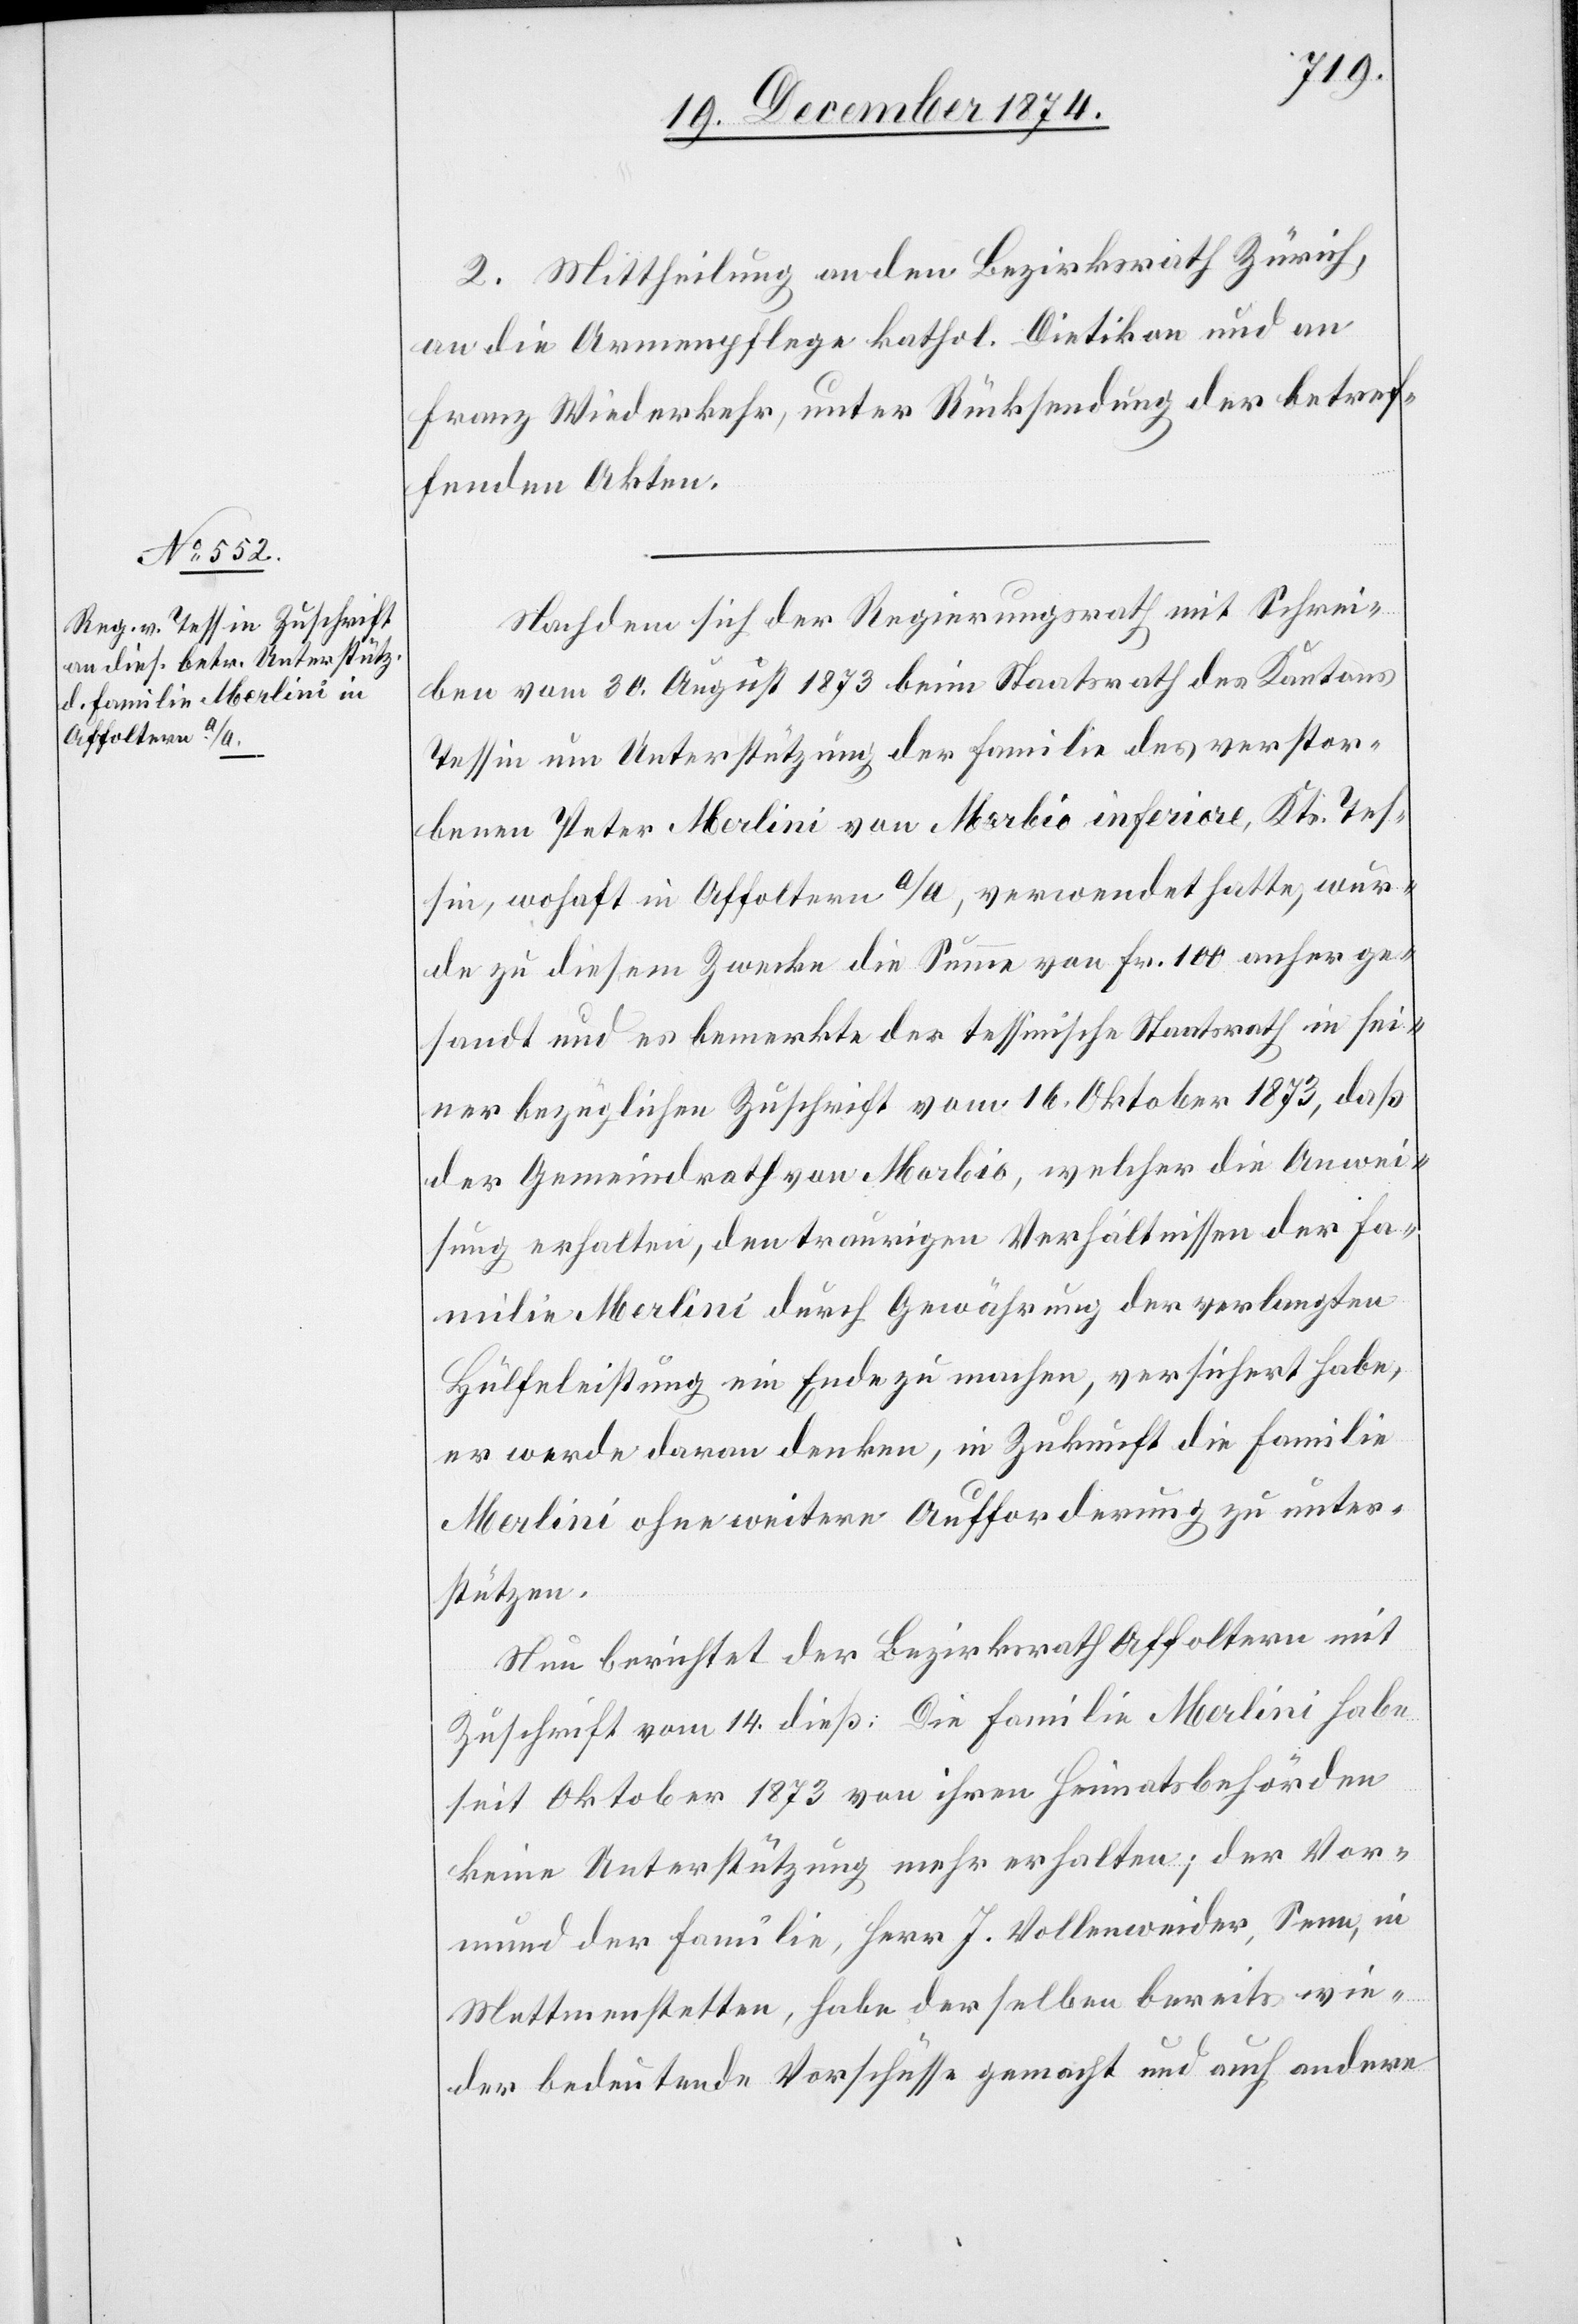
2. Mittheilung an den Bezirksrath Zürich,
an die Armenpflege kathol. Dietikon und an
Franz Wiederkehr, unter Rücksendung der betref¬
fenden Akten.
Nachdem sich der Regierungsrath mit Schrei¬
ben vom 30. August 1873 beim Staatsrath des Kantons
Tessin um Unterstützung der Familie des verstor¬
benen Peter Merlini von Morbio inferiore, Kts. Tes¬
sin, woh[nh]aft in Affoltern a/A, verwendet hatte, wur¬
de zu diesem Zwecke die Summe von Fr. 100 anherge¬
sandt und es bemerkte der tessinische Staatsrath in sei¬
ner bezüglichen Zuschrift vom 16. Oktober 1873, daß
der Gemeindrath von Morlio, welcher die Anwei¬
sung erhalten, den traurigen Verhältnissen der Fa¬
milie Merlini durch Gewährung der verlangten
Hülfeleistung ein Ende zu machen, versichert habe,
er werde daran denken, in Zukunft die Familie
Merlini ohne weitere Aufforderung zu unter¬
stützen.
Nun berichtet der Bezirksrath Affoltern mit
Zuschrift vom 14. dieß: Die Familie Merlini habe
seit Oktober 1873 von ihren Heimatsbehörden
keine Unterstützung mehr erhalten; der Vor¬
mund der Familie, Herr J. Vollenweider, Senn, in
Mettmenstetten, habe derselben bereits wie¬
der bedeutende Vorschüsse gemacht und auch andere